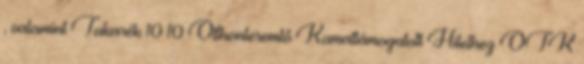
, valamint Takarék 10 10 Otthonteremtő Kamattámogatott Hitelhez OTK